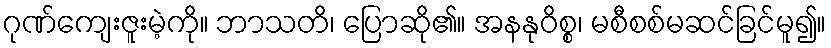
ဂုဏ်ကျေးဇူးမဲ့ကို။ ဘာသတိ၊ ပြောဆို၏။ အနနုဝိစ္စ၊ မစီစစ်မဆင်ခြင်မူ၍။